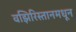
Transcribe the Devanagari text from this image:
वझिरिस्तानमधून